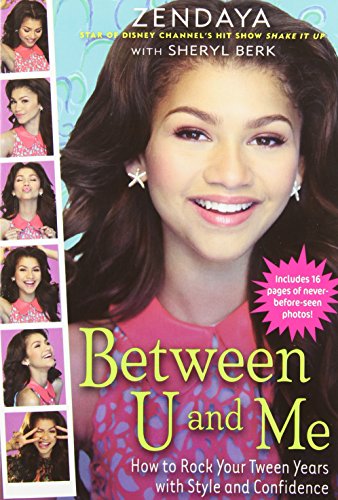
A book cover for Between U and Me: How to Rock Your Tween Years with Style and Confidence; Zendaya; Children's Books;